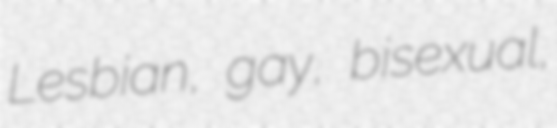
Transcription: Lesbian, gay, bisexual,